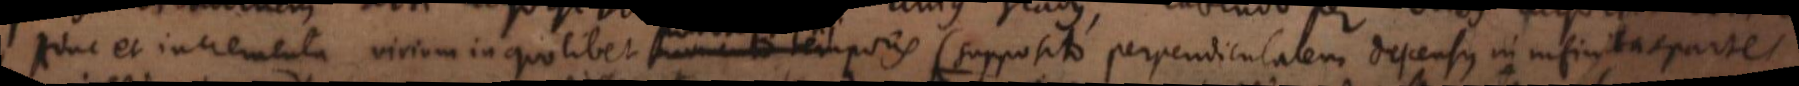
Hinc et incrementa virium in quolibet momento temporis supposito perpendicularem descensus in infinitas partes